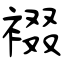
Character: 裰